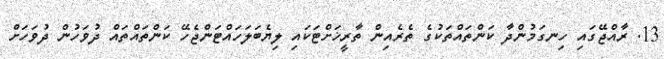
13. ރާއްޖޭގައި ހިނގަމުންދާ ކަންތައްތަކުގެ ތެރެއިން ތާރީޚަށްޓަކައި ލިޔެބަލަހައްޓަންޖެހޭ ކަންތައްތައް ދުވަހުން ދުވަހަށް